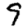
Digit: 9